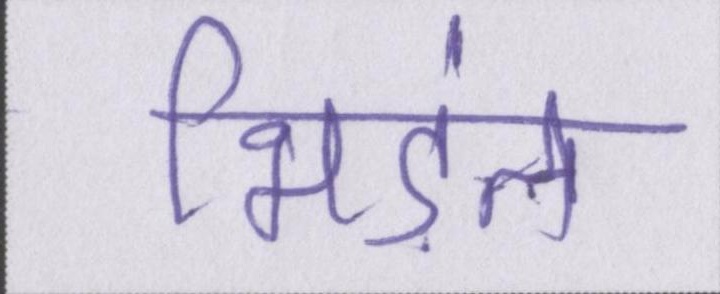
भिड़ंत